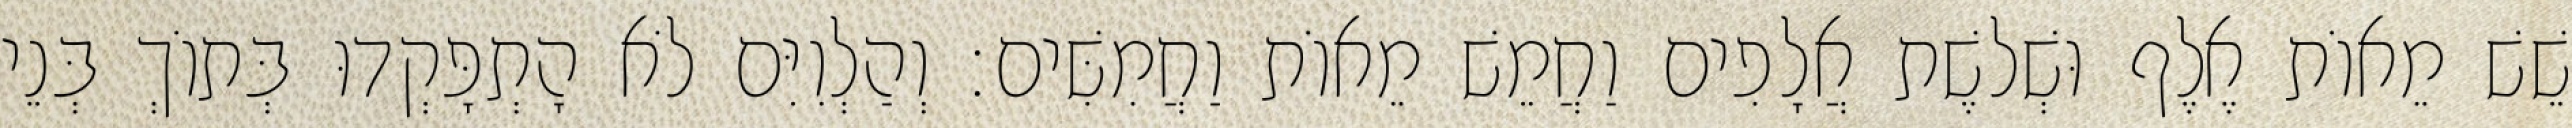
שֵׁשׁ מֵאוֹת אֶלֶף וּשְׁלשֶׁת אֲלָפִים וַחֲמֵשׁ מֵאוֹת וַחֲמִשִּׁים׃ וְהַלְוִיִּם לֹא הָתְפָּקְדוּ בְּתוֹךְ בְּנֵי